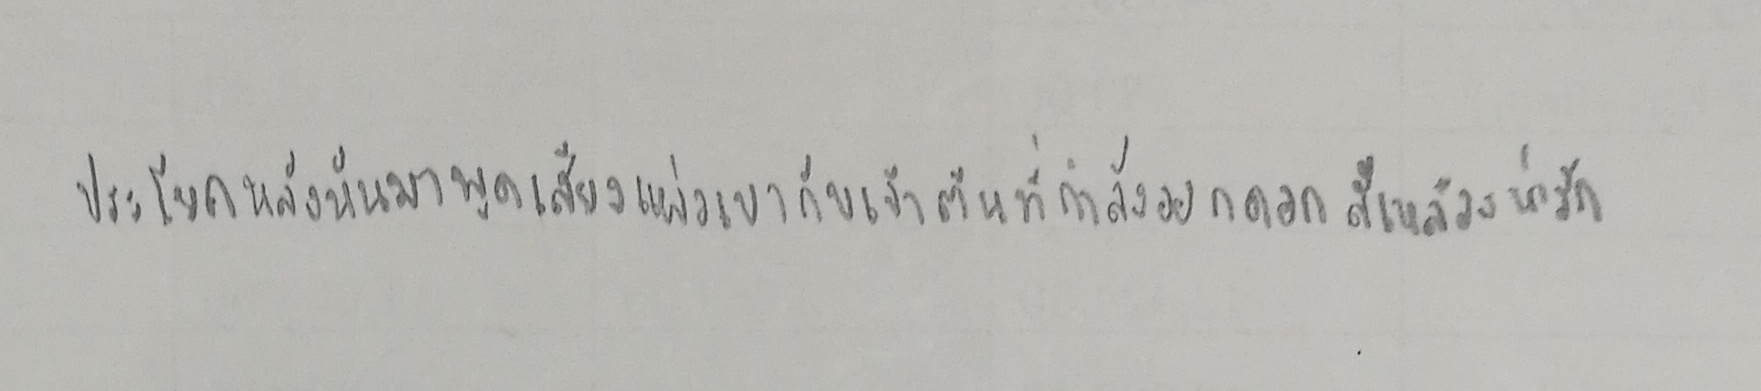
ประโยคหลังหันมาพูดเสียงแผ่วเบากับเจ้าต้นที่กำลังออกดอกสีเหลืองน่ารัก